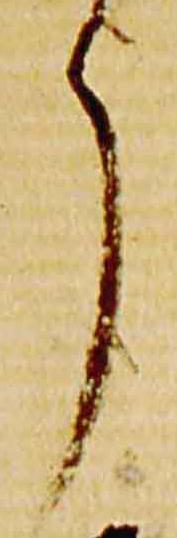
了